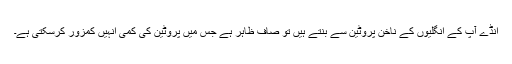
انڈے آپ کے انگلیوں کے ناخن پروٹین سے بنتے ہیں تو صاف ظاہر ہے جس میں پروٹین کی کمی انہیں کمزور کرسکتی ہے۔